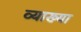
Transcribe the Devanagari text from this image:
व्याख्या